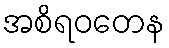
အစိရဝတေန